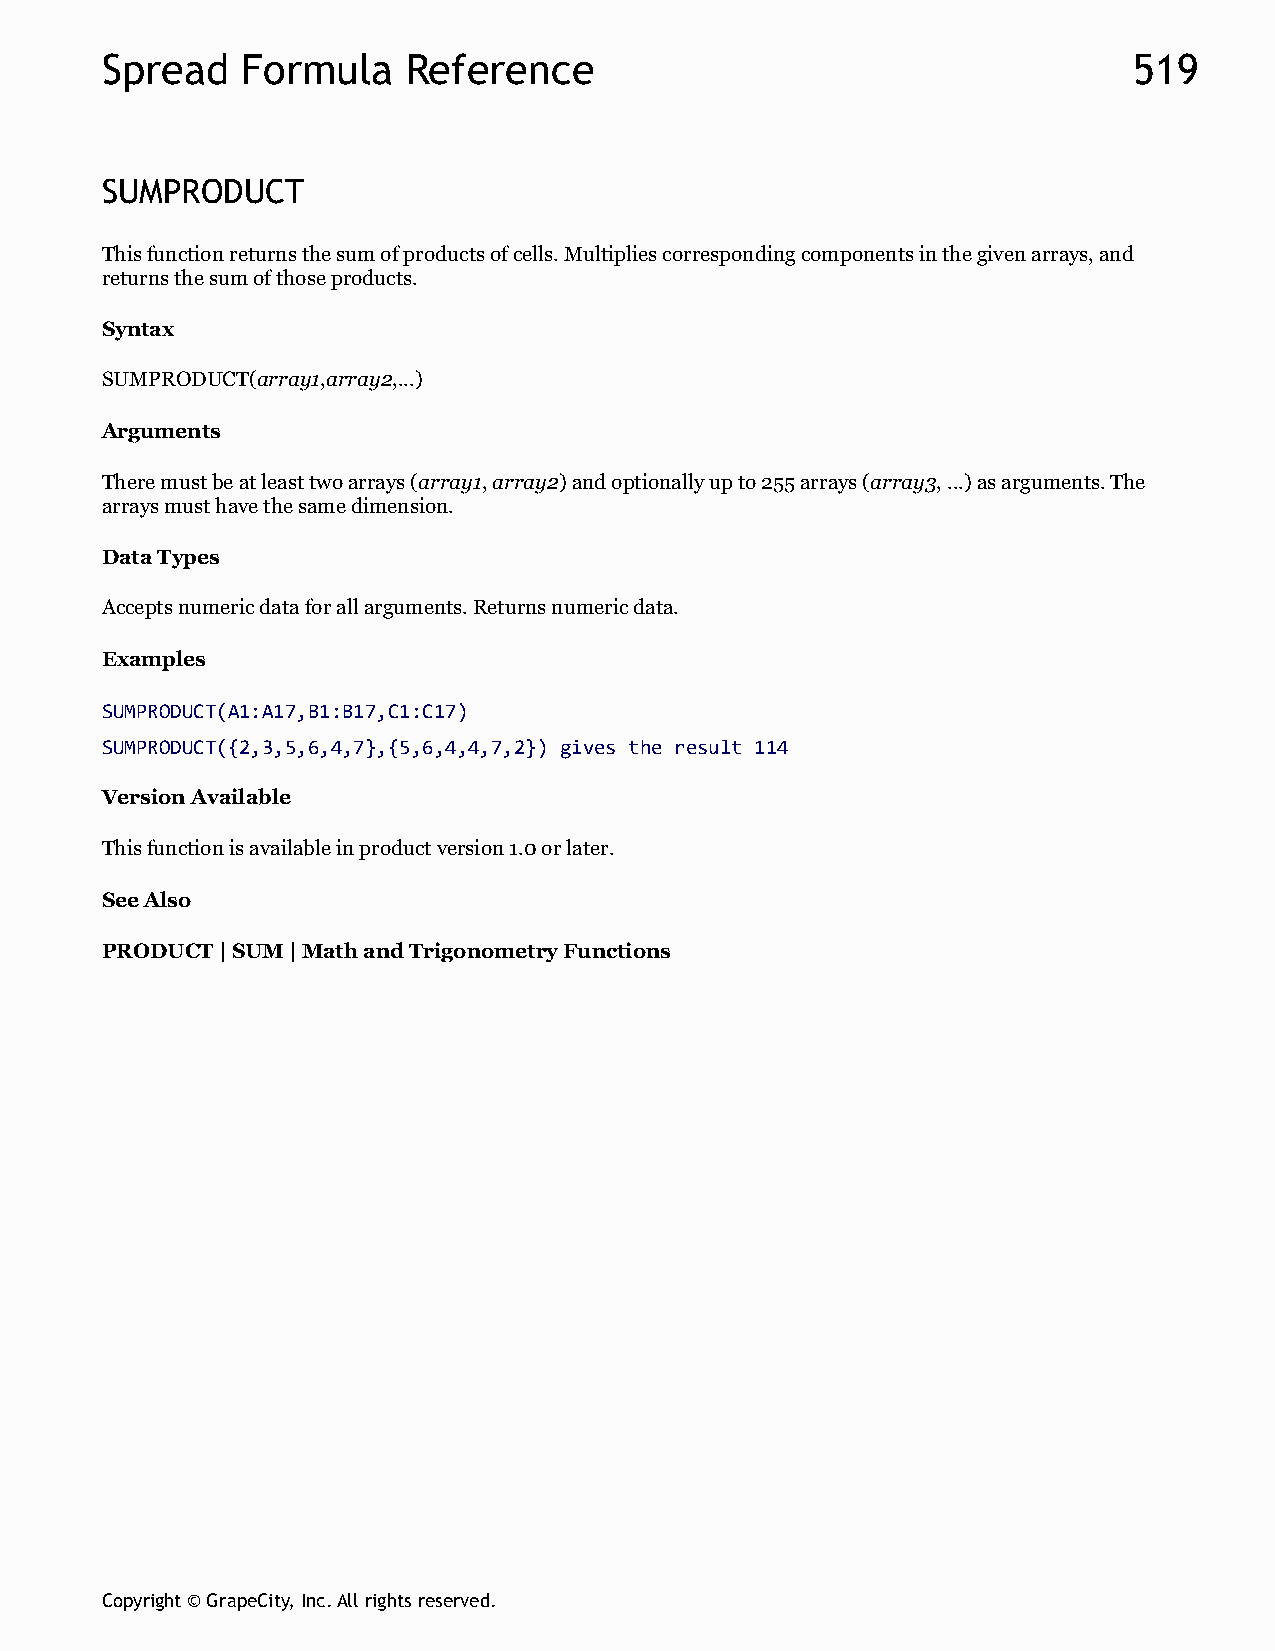
Spread   Formula    Reference                                       519
 SUMPRODUCT
 This function returns the sum of products of cells. Multiplies corresponding components in the given arrays, and
 returns the sum of those products.
 Syntax
 SUMPRODUCT(array1,array2,...)
 Arguments
 There must be at least two arrays (array1, array2) and optionally up to 255 arrays (array3, ...) as arguments. The
 arrays must have the same dimension.
 Data Types
 Accepts numeric data for all arguments. Returns numeric data.
 Examples
 SUMPRODUCT(A1:A17,B1:B17,C1:C17)
 SUMPRODUCT({2,3,5,6,4,7},{5,6,4,4,7,2}) gives the result 114
 Version Available
 This function is available in product version 1.0 or later.
 See Also
 PRODUCT | SUM | Math and Trigonometry Functions
 Copyright © GrapeCity, Inc. All rights reserved.